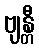
ဗျန္တီ